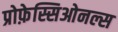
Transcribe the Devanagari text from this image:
प्रोफ़ेस्सिओनल्स